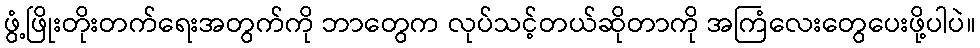
ဖွံ့ဖြိုးတိုးတက်ရေးအတွက်ကို ဘာတွေက လုပ်သင့်တယ်ဆိုတာကို အကြံလေးတွေပေးဖို့ပါပဲ။